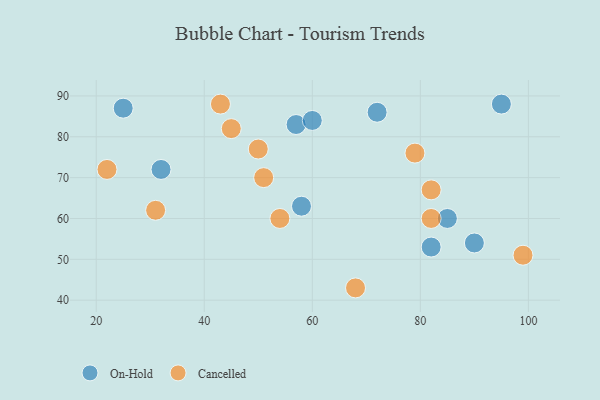
{"axis": {"x": "GDP", "y": "Life Expectancy"}, "legend": ["Cancelled", "On-Hold"], "data": [{"x": "58", "y": 63, "type": "On-Hold"}, {"x": "90", "y": 54, "type": "On-Hold"}, {"x": "85", "y": 60, "type": "On-Hold"}, {"x": "57", "y": 83, "type": "On-Hold"}, {"x": "72", "y": 86, "type": "On-Hold"}, {"x": "32", "y": 72, "type": "On-Hold"}, {"x": "60", "y": 84, "type": "On-Hold"}, {"x": "25", "y": 87, "type": "On-Hold"}, {"x": "82", "y": 53, "type": "On-Hold"}, {"x": "95", "y": 88, "type": "On-Hold"}, {"x": "82", "y": 60, "type": "Cancelled"}, {"x": "68", "y": 43, "type": "Cancelled"}, {"x": "82", "y": 67, "type": "Cancelled"}, {"x": "22", "y": 72, "type": "Cancelled"}, {"x": "45", "y": 82, "type": "Cancelled"}, {"x": "99", "y": 51, "type": "Cancelled"}, {"x": "79", "y": 76, "type": "Cancelled"}, {"x": "43", "y": 88, "type": "Cancelled"}, {"x": "50", "y": 77, "type": "Cancelled"}, {"x": "31", "y": 62, "type": "Cancelled"}, {"x": "54", "y": 60, "type": "Cancelled"}, {"x": "51", "y": 70, "type": "Cancelled"}]}